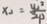
x _ { 2 } = \frac { y _ { 2 } ^ { 2 } } { 2 p }